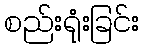
စည်းရုံးခြင်း